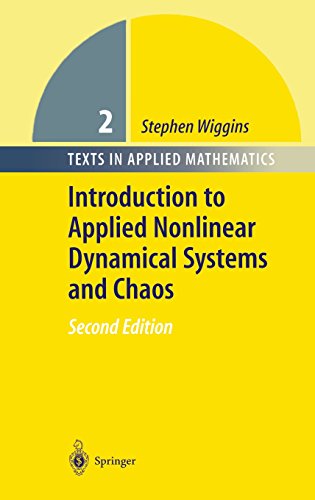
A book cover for Introduction to Applied Nonlinear Dynamical Systems and Chaos (Texts in Applied Mathematics); Stephen Wiggins; Science & Math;